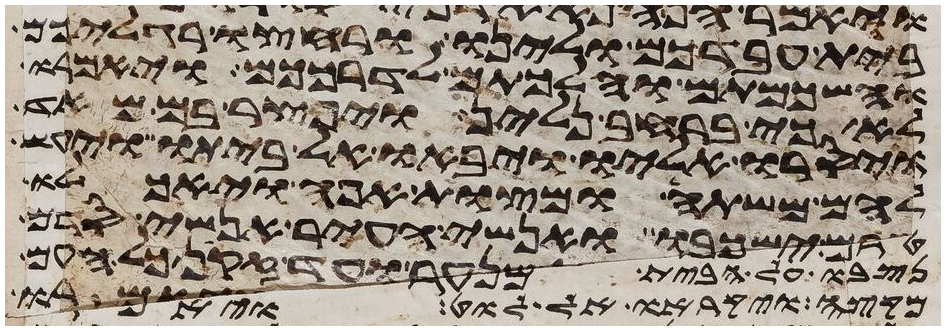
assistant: בית עבדכם ולינו ורחצו רגליכם
והשכמתם והלכתם לדרככם ויאמרו
לא כי ברחב נלין ויפצר בם מאד
ויסרו אליו ויבאו אל ביתו ויעש
להם משתה ומצות אפה ויאכלו
טרם ישכבו אנשי העיר אנשי סדם
נסבו על הבית מנער ועד זקן כל העם
מקצה ויקראו אל לוט ויאמרו